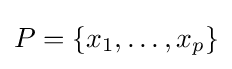
P=\{x_{1},\ldots ,x_{p}\}